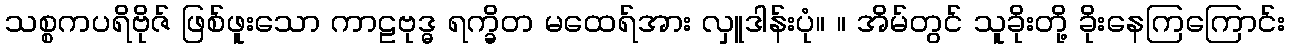
သစ္စကပရိဗိုဇ် ဖြစ်ဖူးသော ကာဠဗုဒ္ဓ ရက္ခိတ မထေရ်အား လှူဒါန်းပုံ။ ။ အိမ်တွင် သူခိုးတို့ ခိုးနေကြကြောင်း